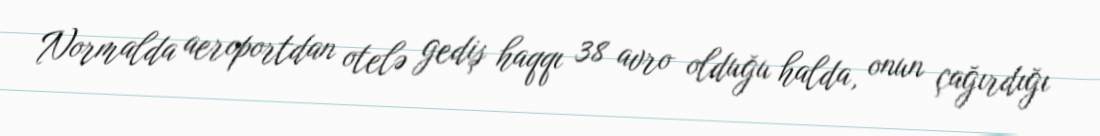
Normalda aeroportdan otelə gediş haqqı 38 avro olduğu halda, onun çağırdığı